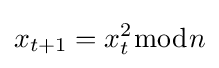
x_{t+1}=x_{t}^{2}{\bmod {n}}